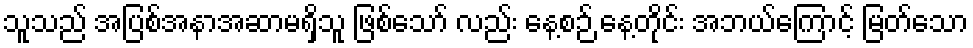
သူသည် အပြစ်အနာအဆာမရှိသူ ဖြစ်သော် လည်း နေ့စဉ် နေ့တိုင်း အဘယ်ကြောင့် မြတ်သော